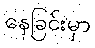
နေခြင်းမှာ